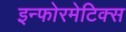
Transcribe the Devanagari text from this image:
इन्फोरमेटिक्स